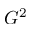
G ^ { 2 }